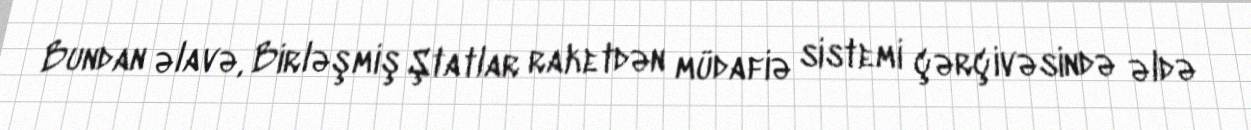
Bundan əlavə, Birləşmiş Ştatlar raketdən müdafiə sistemi çərçivəsində əldə